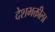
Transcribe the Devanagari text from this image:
देशभक्तीला